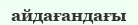
айдағандағы